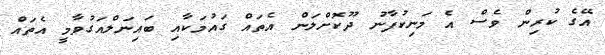
އޭގެ ކުރިން ވެސް އެ މަނިކުފާނު ދޫކޮށްލަން އެތައް ގައުމަކާއި ބައިނަލްއަގުވާމީ އެތައް